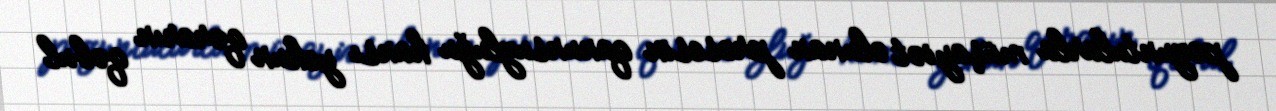
pozuntularla müşayiət olunan prosesin qanunsuzluğu hansı yekun qərarın qəbul